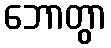
ဘောတွာ